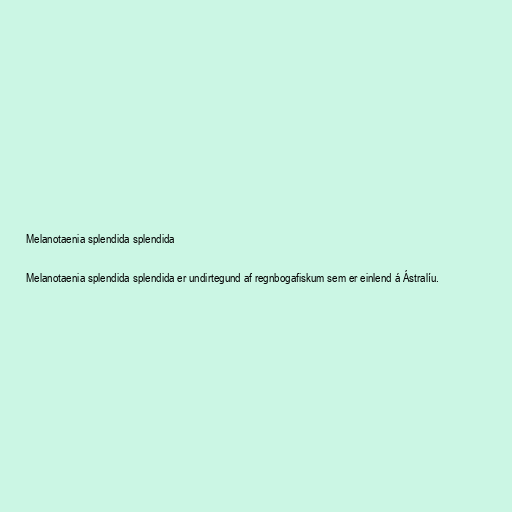
Melanotaenia splendida splendida

Melanotaenia splendida splendida er undirtegund af regnbogafiskum sem er einlend á Ástralíu.